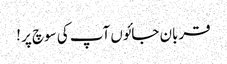
قربان جائوں آپ کی سوچ پر !